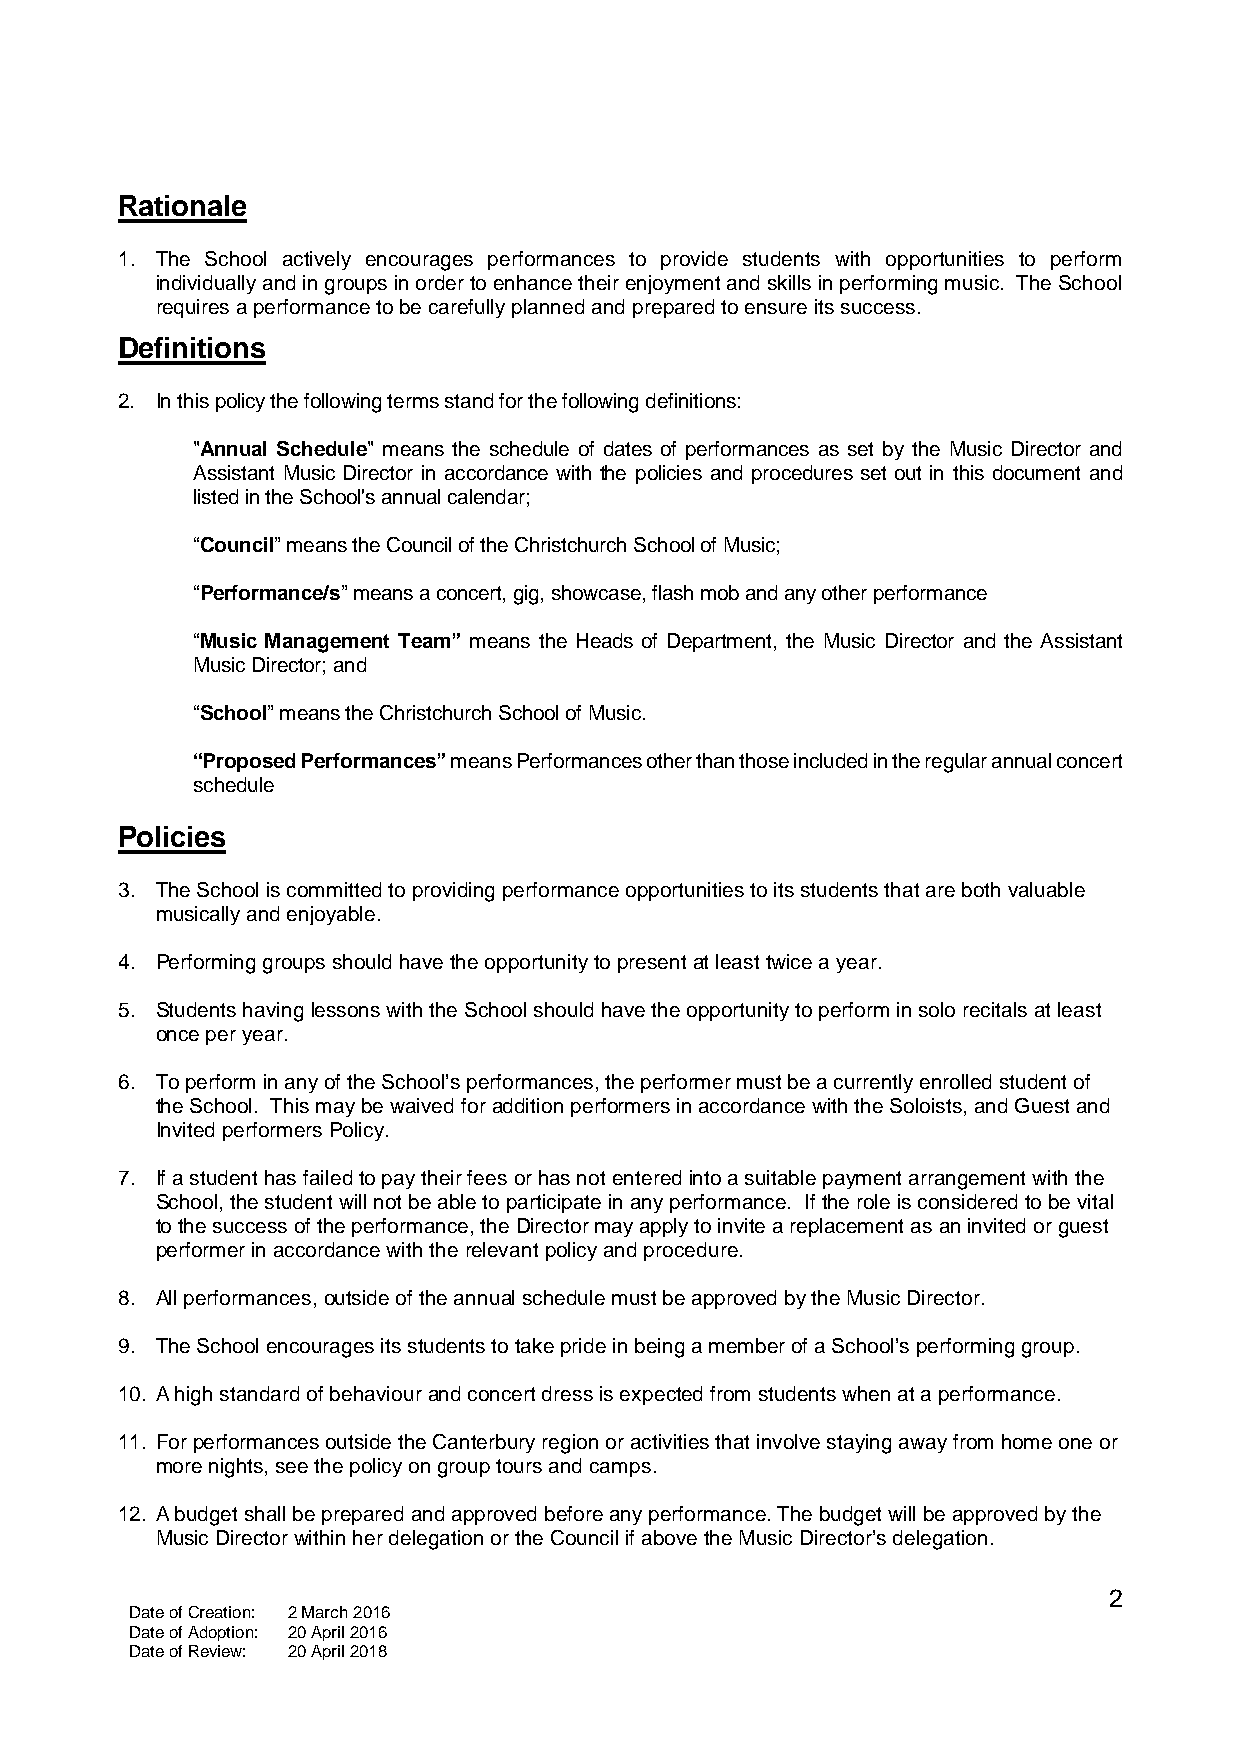
Rationale
 1. The School actively encourages performances to provide students with opportunities to perform
 individually and in groups in order to enhance their enjoyment and skills in performing music. The School
 requires a performance to be carefully planned and prepared to ensure its success.
 Definitions
 2. In this policy the following terms stand for the following definitions:
 "Annual Schedule" means the schedule of dates of performances as set by the Music Director and
 Assistant Music Director in accordance with the policies and procedures set out in this document and
 listed in the School's annual calendar;
 “Council” means the Council of the Christchurch School of Music;
 “Performance/s” means a concert, gig, showcase, flash mob and any other performance
 “Music Management Team” means the Heads of Department, the Music Director and the Assistant
 Music Director; and
 “School” means the Christchurch School of Music.
 “Proposed Performances” means Performances other than those included in the regular annual concert
 schedule
 Policies
 3. The School is committed to providing performance opportunities to its students that are both valuable
 musically and enjoyable.
 4. Performing groups should have the opportunity to present at least twice a year.
 5. Students having lessons with the School should have the opportunity to perform in solo recitals at least
 once per year.
 6. To perform in any of the School’s performances, the performer must be a currently enrolled student of
 the School. This may be waived for addition performers in accordance with the Soloists, and Guest and
 Invited performers Policy.
 7. If a student has failed to pay their fees or has not entered into a suitable payment arrangement with the
 School, the student will not be able to participate in any performance. If the role is considered to be vital
 to the success of the performance, the Director may apply to invite a replacement as an invited or guest
 performer in accordance with the relevant policy and procedure.
 8. All performances, outside of the annual schedule must be approved by the Music Director.
 9. The School encourages its students to take pride in being a member of a School’s performing group.
 10. A high standard of behaviour and concert dress is expected from students when at a performance.
 11. For performances outside the Canterbury region or activities that involve staying away from home one or
 more nights, see the policy on group tours and camps.
 12. A budget shall be prepared and approved before any performance. The budget will be approved by the
 Music Director within her delegation or the Council if above the Music Director’s delegation.
 2
 Date of Creation: 2 March 2016
 Date of Adoption: 20 April 2016
 Date of Review: 20 April 2018